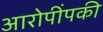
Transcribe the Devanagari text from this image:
आरोपींपकी